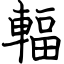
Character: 輻